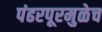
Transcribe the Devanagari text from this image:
पंढरपूरमुळेच